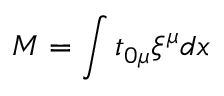
M = \int t _ { 0 \mu } \xi ^ { \mu } d x